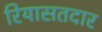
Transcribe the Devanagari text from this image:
रियासतदार